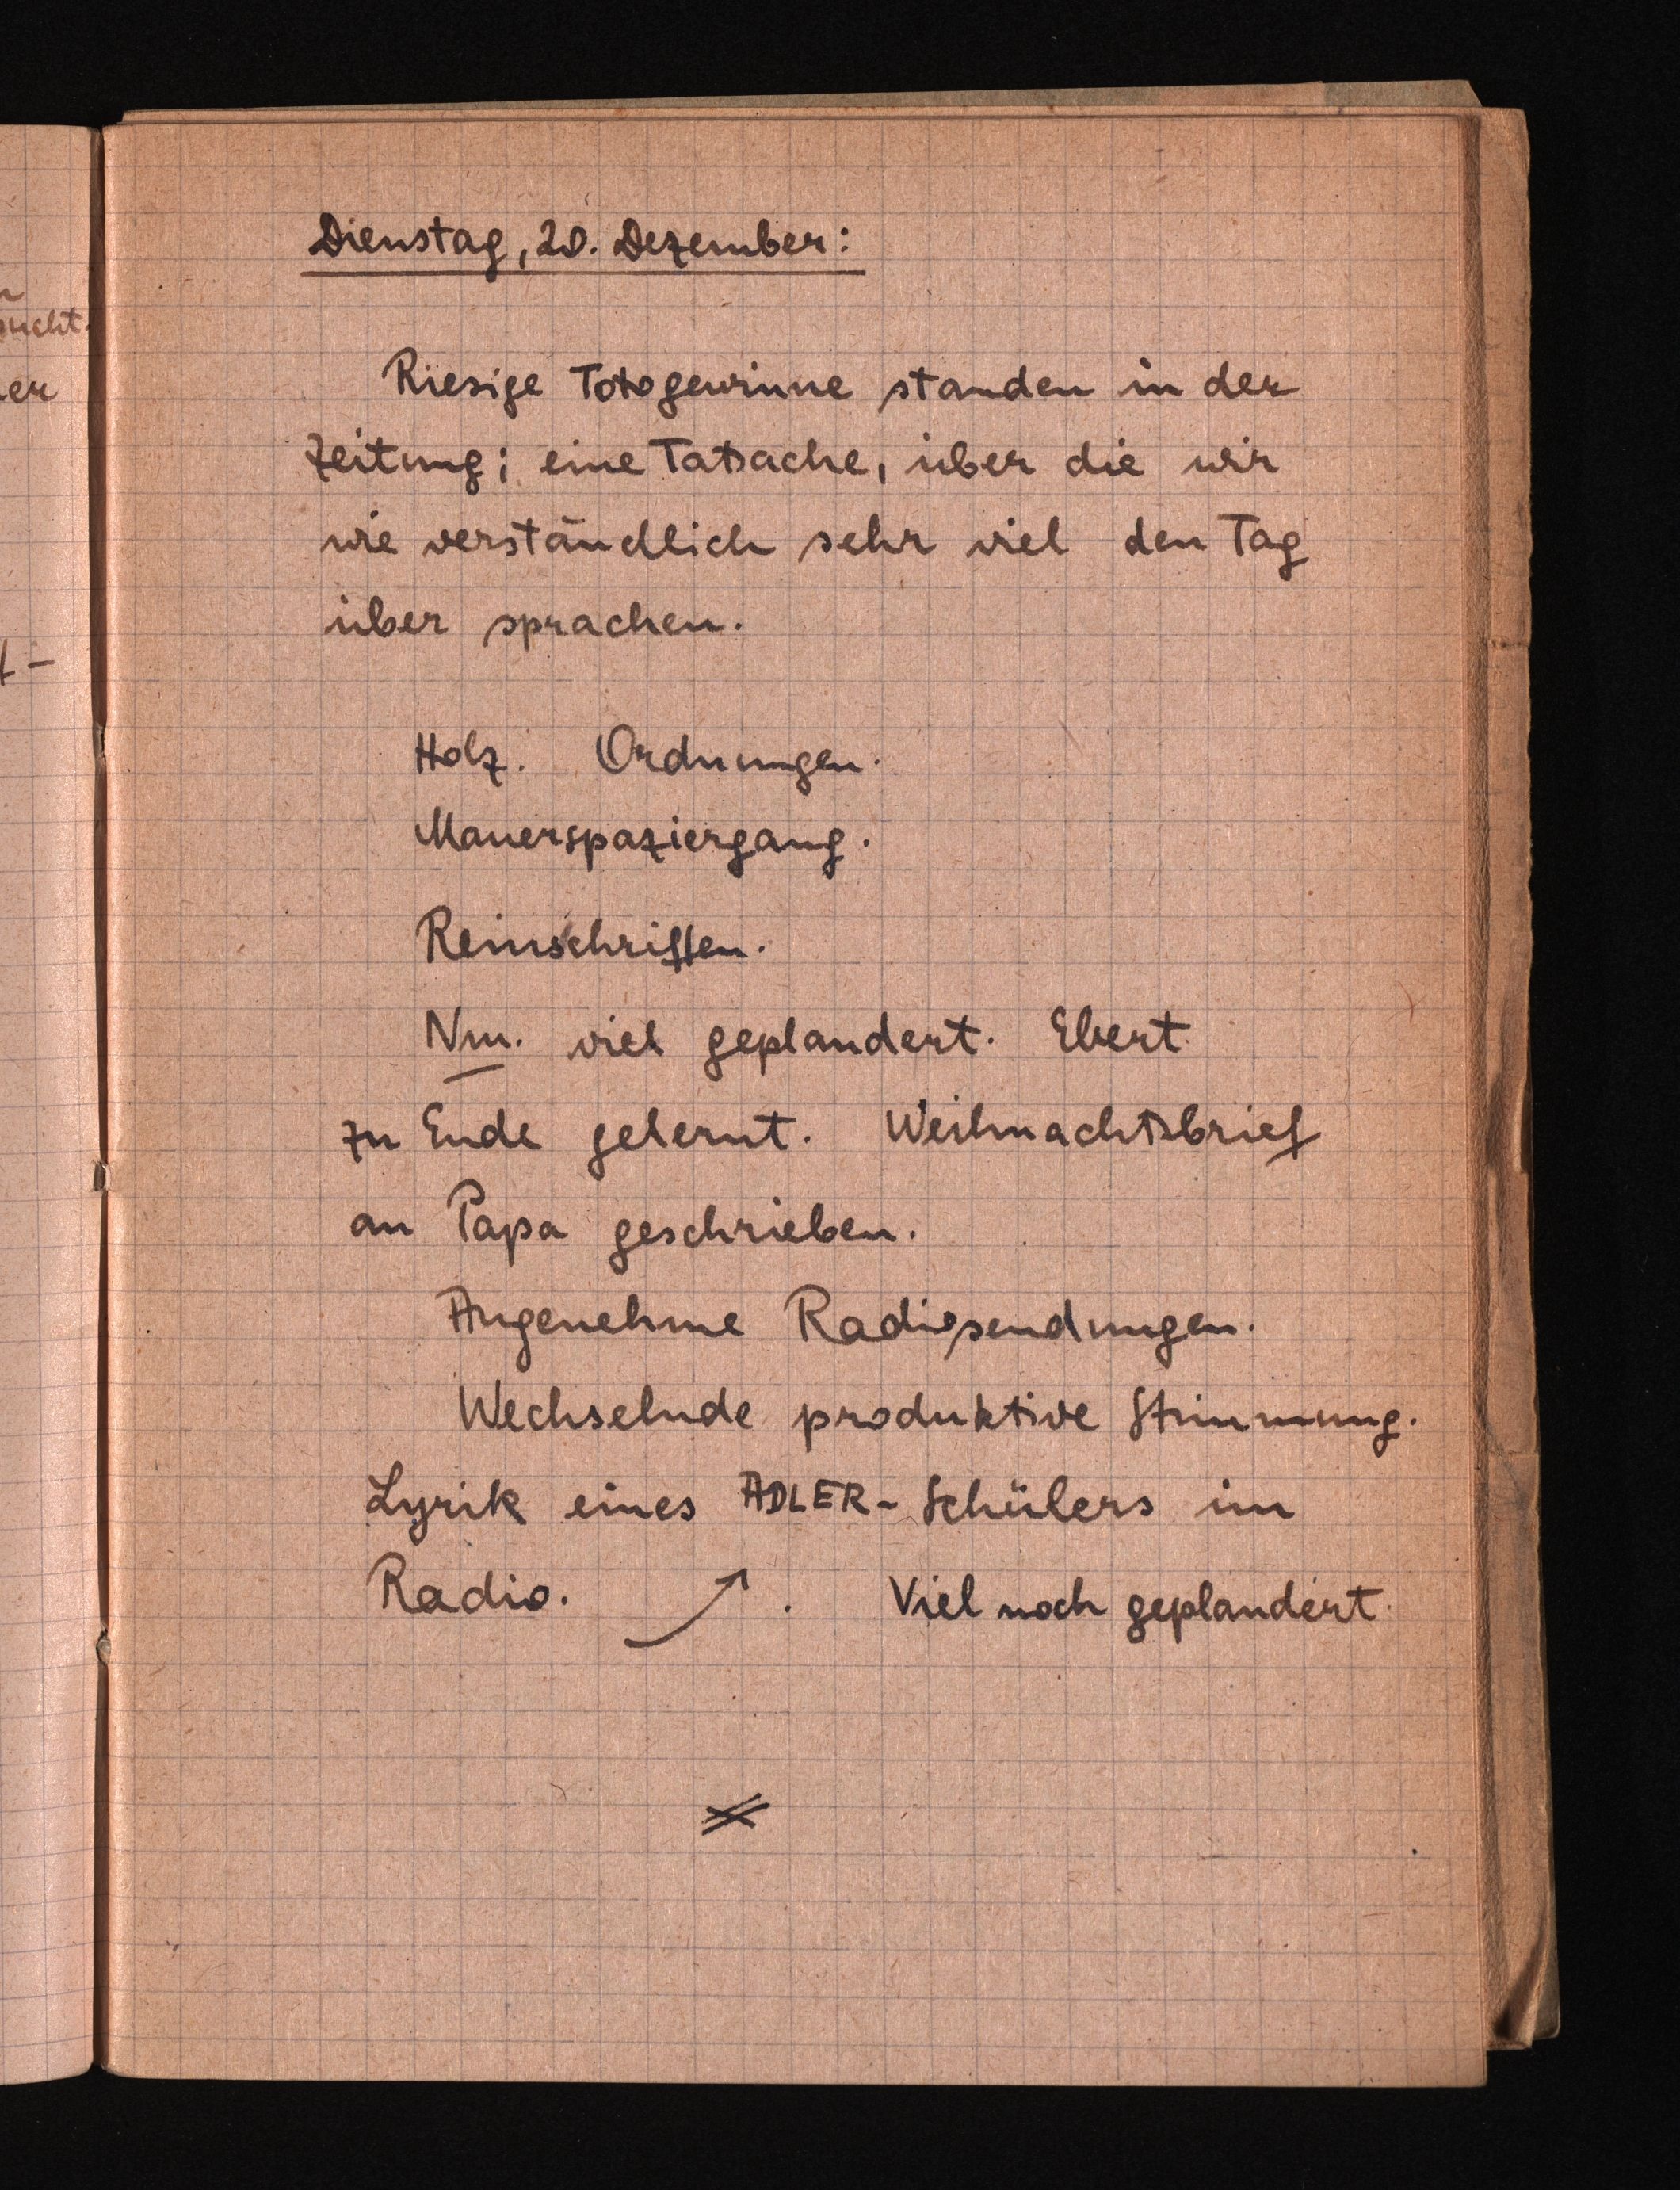
Dienstag, 20.Dezember:
Riesige Totogewinne standen in der
Zeitung; eine Tatsache, über die wir
wie verständlich sehr viel den Tag
über sprachen.
Holz.Ordnungen.
Mauerspaziergang.
Reinschriften.
Nm. viel geplaudert. Ebert
zu Ende gelernt.Weihnachtsbrief
an Papa geschrieben.
Angenehme Radiosendungen.
Wechselnde produktive Stimmung.
Lyrik eines ADLER-Schülers im
Radio.↗.Viel noch geplauder